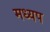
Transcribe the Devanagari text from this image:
मध्यप